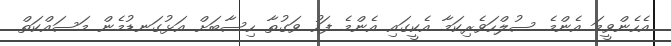
އެހެންވީމަ އެންމެ ސުލްހަވެރިކަމާ އެކީގައި އެންމެ ފަހު ވަގުތާ ހިސާބަށް އަޅުގަނޑުމެން މަސައްކަތް